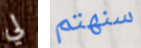
لي سنهتم